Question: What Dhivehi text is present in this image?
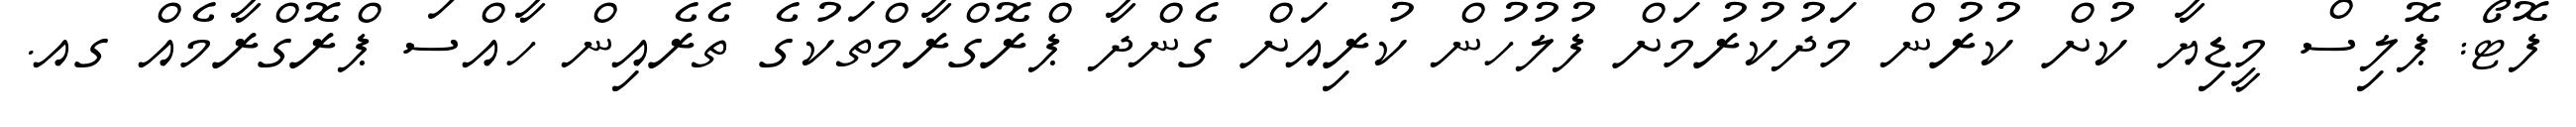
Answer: ފޮޓޯ: ޕޮލިސް މީޑިޔާ ކުށް ކުރުން މަދުކުރުމަށް ފުލުހުން ކުރިއަށް ގެންދާ ޕްރޮގްރާމްތަކުގެ ތެރެއިން ހާއްސަ ޕްރޮގްރާމެއް ގއ.